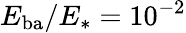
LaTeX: E_{\mathrm{ba}}/E_{*}=10^{-2}